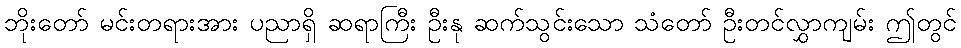
ဘိုးတော် မင်းတရားအား ပညာရှိ ဆရာကြီး ဦးနု ဆက်သွင်းသော သံတော် ဦးတင်လွှာကျမ်း ဤတွင်